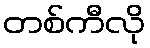
တစ်ကီလို